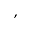
,